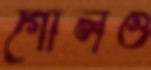
গোলও